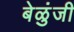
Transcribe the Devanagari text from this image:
बेळुंजी